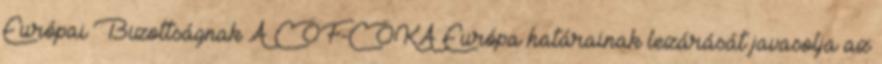
Európai Bizottságnak A CÖF-CÖKA Európa határainak lezárását javasolja az